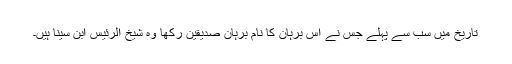
تاریخ میں سب سے پہلے جس نے اس برہان کا نام برہانِ صدّیقین رکھا وہ شیخ الرئیس ابن سینا ہیں۔